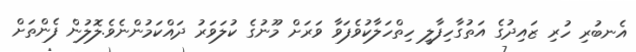
އެނބުރި ހުރި ޒައިދުގެ އަތުގާހިފާލީ ހިތްހަލާކުވެފަވާ ވަރަށް މޫނުގެ ކުލަވަރު ދައްކަމުންނެވެ.ލޮލުން ފެންތަށް